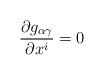
LaTeX: \begin{align*}\frac{\partial g_{\alpha \gamma }}{\partial x^{i}} = 0\end{align*}